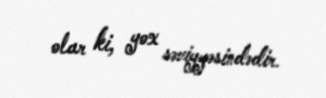
olar ki, yox səviyyəsindədir.